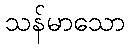
သန်မာသော